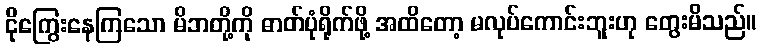
ငိုကြွေးနေကြသော မိဘတို့ကို ဓာတ်ပုံရိုက်ဖို့ အထိတော့ မလုပ်ကောင်းဘူးဟု တွေးမိသည်။